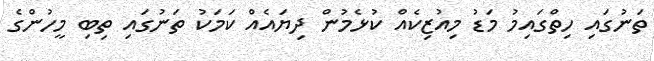
ތަނުގައި ހިތްގައިމު މަޑު މިއުޒިކެއް ކުޅެމުން ދިޔައެއް ކަމަކު ތަނުގައި ތިބި މީހުންގެ